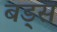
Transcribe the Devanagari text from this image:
बड्स